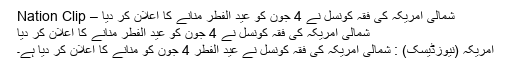
شمالی امریکہ کی فقہ کونسل نے 4 جون کو عید الفطر منانے کا اعلان کر دیا – Nation Clip
شمالی امریکہ کی فقہ کونسل نے 4 جون کو عید الفطر منانے کا اعلان کر دیا
امریکہ (نیوزڈیسک) : شمالی امریکہ کی فقہ کونسل نے عید الفطر 4 جون کو منانے کا اعلان کر دیا ہے۔